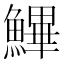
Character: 𩺷